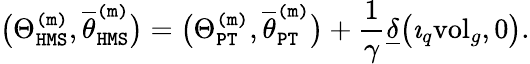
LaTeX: \big(\Theta_{\mathtt{HMS}}^{\mathtt{(m)}},\overline{{\theta}}_{\mathtt{HMS}}^{\mathtt{(m)}}\big)=\big(\Theta_{\mathtt{PT}}^{\mathtt{(m)}},\overline{{\theta}}_{\mathtt{PT}}^{\mathtt{(m)}}\big)+\frac{1}{\gamma}\underline{{\delta}}\big(\imath_{q}\mathrm{vol}_{g},0\big).